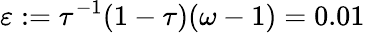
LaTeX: \varepsilon:=\tau^{-1}(1-\tau)(\omega-1)=0.01